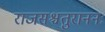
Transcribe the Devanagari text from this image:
राजसश्चतुराननः